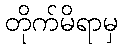
တိုက်မိရာမှ